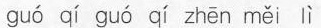
guó qí guó qí zhēn měi lì